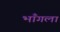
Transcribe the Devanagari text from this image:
भाँगला